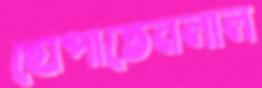
ছোপাতেনলাল